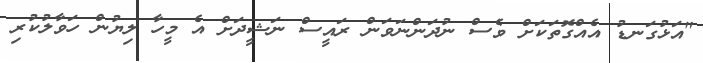
"އަޅުގަނޑު އެއްގޮތަކަށް ވެސް ނުދަންނަވަން ރައީސް ނަޝީދަށް އެ މީހާ ލިޔުން ހަވާލުކުރި